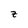
Character: z